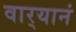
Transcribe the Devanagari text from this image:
वार्‍यानं